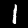
Digit: 1